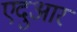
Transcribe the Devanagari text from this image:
एदुआर